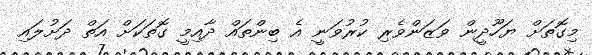
މިގޮތަށް ޔަހޫދީން ވަޒަންވެރި ކުރުވަނީ އެ ބިންތައް ދާއިމީ ގޮތަކަށް އަތް ދަށުލައި